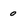
Character: 0